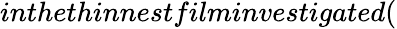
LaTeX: inthethinnestfilminvestigated(